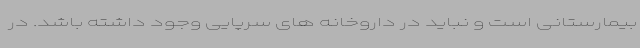
بیمارستانی است و نباید در داروخانه های سرپایی وجود داشته باشد. در